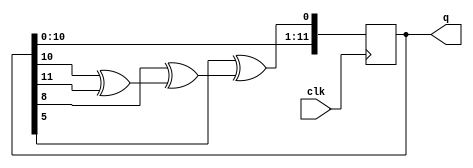
//Justin Thwaites
module LFSR(

	output		[11:0]	q,
	input 		  			clk//50mhz

);
//this module starts at all 1s but does not need presetting because it will just randomly change and the time it is sampled is random,
//thus generating randomness for the timing.
reg[11:0] Q=12'hfff;
assign q=Q;
//per clock cycle this shifts all digits up one and then uses an xor combination to generate a pseudorandom Q[0]
always @(posedge clk)
//Q <={Q<<1, Q[5]^(Q[8]^(Q[10]^Q[11]))};//randomly goes through the numbers
Q <= {Q[10],Q[9],Q[8],Q[7],Q[6],Q[5],Q[4],Q[3],Q[2], Q[1], Q[0], Q[5]^(Q[8]^(Q[10]^Q[11]))};
endmodule